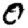
Digit: 0